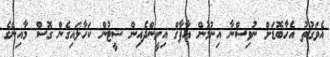
އެވަގުތު އެހާބޮޑަށް ނުވިސްނާ އިނުމުން އާފާޤް އިށީންދެއިން ޝީޓުން ކަހާލައިގެން ގޮސް މާއިންގެ